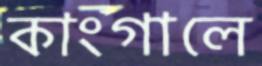
কাংগালে